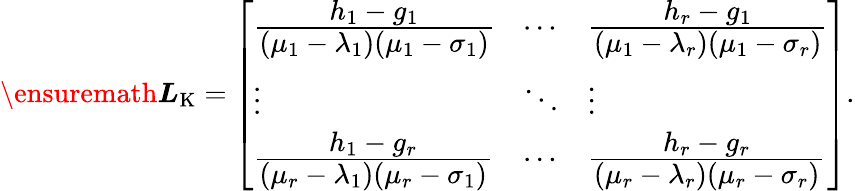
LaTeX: \ensuremath{\boldsymbol{L}}_{\mathrm{K}}=\left[\begin{array}{lll}{\frac{\displaystyle h_{1}-g_{1}}{\displaystyle(\mu_{1}-\lambda_{1})(\mu_{1}-\sigma_{1})}}&{\cdots}&{\frac{\displaystyle h_{r}-g_{1}}{\displaystyle(\mu_{1}-\lambda_{r})(\mu_{1}-\sigma_{r})}}\\ {\vdots}&{\ddots}&{\vdots}\\ {\frac{\displaystyle h_{1}-g_{r}}{\displaystyle(\mu_{r}-\lambda_{1})(\mu_{r}-\sigma_{1})}}&{\cdots}&{\frac{\displaystyle h_{r}-g_{r}}{\displaystyle(\mu_{r}-\lambda_{r})(\mu_{r}-\sigma_{r})}}\end{array}\right].